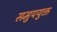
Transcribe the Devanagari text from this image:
समुपयुक्त